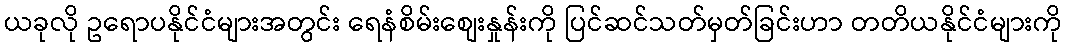
ယခုလို ဥရောပနိုင်ငံများအတွင်း ရေနံစိမ်းစျေးနှုန်းကို ပြင်ဆင်သတ်မှတ်ခြင်းဟာ တတိယနိုင်ငံများကို